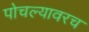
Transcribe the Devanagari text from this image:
पोचल्यावरच